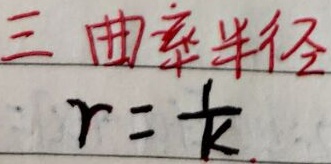
三 曲率半径\(r = \frac{1}{k}\)